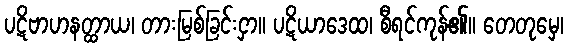
ပဋိဗာဟနတ္ထာယ၊ တားမြစ်ခြင်းငှာ။ ပဋိယာဒေထ၊ စီရင်ကုန်၏။ တေတုမှေ၊